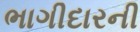
ભાગીદારની